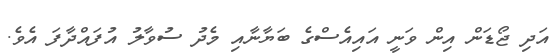
އަދި ޖޯޑަން އިން ވަނީ އައިއެސްގެ ބަޔާނާއި މެދު ސުވާލު އުފައްދާފަ އެވެ.